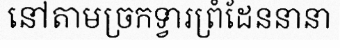
នៅតាមច្រកទ្វារព្រំដែននានា